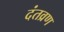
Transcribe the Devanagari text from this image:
दंतव्रण